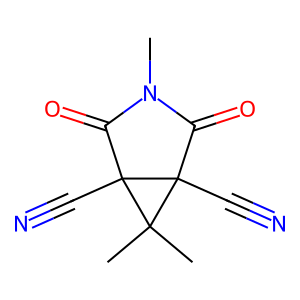
SMILES: CN1C(=O)C2(C#N)C(C)(C)C2(C#N)C1=O
Inhibits HIV replication: No